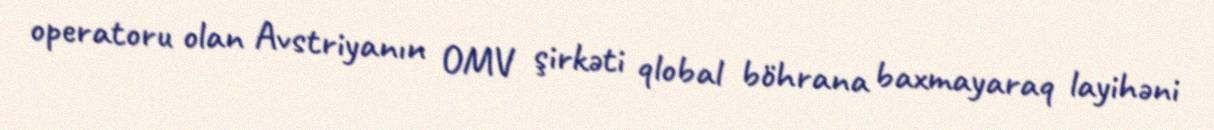
operatoru olan Avstriyanın OMV şirkəti qlobal böhrana baxmayaraq layihəni